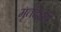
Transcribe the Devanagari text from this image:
मृतदेहही